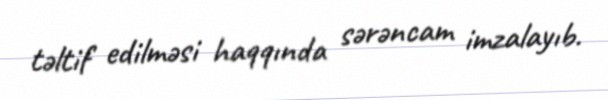
təltif edilməsi haqqında sərəncam imzalayıb.